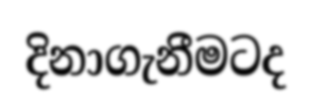
දිනාගැනීමටද